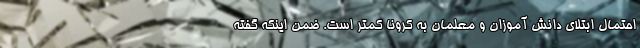
احتمال ابتلای دانش آموزان و معلمان به کرونا کمتر است. ضمن اینکه گفته